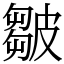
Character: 皺